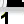
Digit: 1